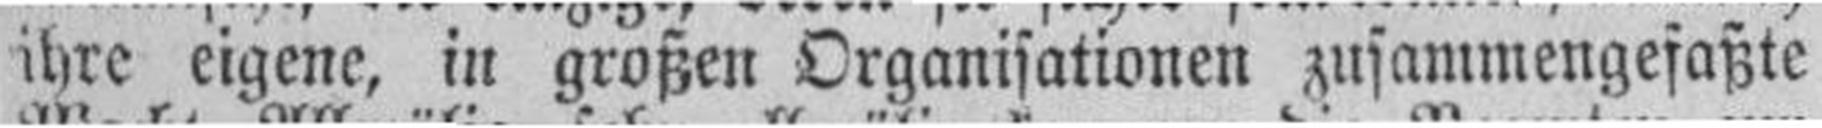
ihre eigene, in großen Organisationen zusammengefaßte